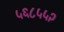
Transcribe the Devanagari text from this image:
५६८५५२